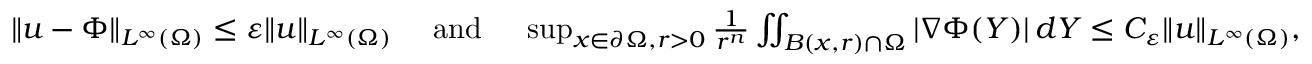
\begin{array} { r } { \| u - \Phi \| _ { L ^ { \infty } ( \Omega ) } \le \varepsilon \| u \| _ { L ^ { \infty } ( \Omega ) } \quad \mathrm { ~ a n d ~ } \quad \operatorname* { s u p } _ { x \in \partial \Omega , r > 0 } \frac { 1 } { r ^ { n } } \iint _ { B ( x , r ) \cap \Omega } | \nabla \Phi ( Y ) | \, d Y \le C _ { \varepsilon } \| u \| _ { L ^ { \infty } ( \Omega ) } , } \end{array}